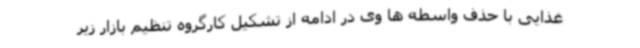
غذایی با حذف واسطه ها وی در ادامه از تشکیل کارگروه تنظیم بازار زیر